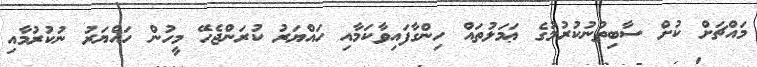
މައްޗަށް ކުށް ސާބިތުނުކުރުމުގެ ޢަމަލުތައް ހިންގާފައިވާކަމާއި ހައްޔަރު ކުރަންޖެހޭ މީހުން ހައްޔަރު ނުކުރުމާއި